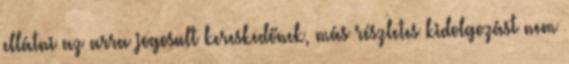
ellátni az arra jogosult kereskedőnek, más részletes kidolgozást nem